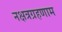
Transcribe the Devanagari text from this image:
नक्षत्रग्रहणाम